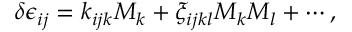
\delta \epsilon _ { i j } = k _ { i j k } M _ { k } + \xi _ { i j k l } M _ { k } M _ { l } + \cdots ,